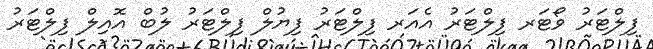
ފިލްޓަރު ވޯޓަރ ފިލްޓަރު އެއަރ ފިލްޓަރު ފިޔުލް ފިލްޓަރު ލުބް އޮއިލް ފިލްޓަރު